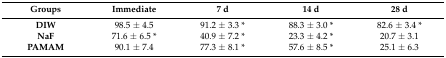
<table><thead><tr><td><b>Groups</b></td><td><b>Immediate</b></td><td><b>7 d</b></td><td><b>14 d</b></td><td><b>28 d</b></td></tr></thead><tbody><tr><td><b>DIW</b></td><td>98.5 ± 4.5</td><td>91.2 ± 3.3 *</td><td>88.3 ± 3.0 *</td><td>82.6 ± 3.4 *</td></tr><tr><td><b>NaF</b></td><td>71.6 ± 6.5 *</td><td>40.9 ± 7.2 *</td><td>23.3 ± 4.2 *</td><td>20.7 ± 3.1</td></tr><tr><td><b>PAMAM</b></td><td>90.1 ± 7.4</td><td>77.3 ± 8.1 *</td><td>57.6 ± 8.5 *</td><td>25.1 ± 6.3</td></tr></tbody></table>